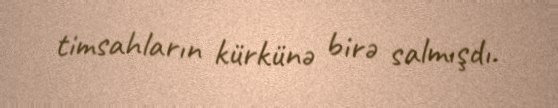
timsahların kürkünə birə salmışdı.